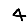
Digit: 4